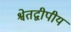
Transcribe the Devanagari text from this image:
श्वेतद्वीपीय